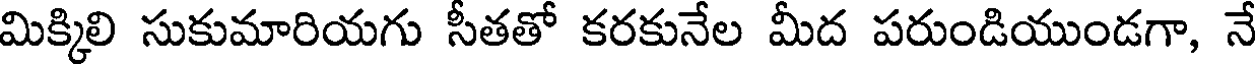
మిక్కిలి సుకుమారియగు సీతతో కరకునేల మీద పరుండియుండగా, నే